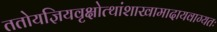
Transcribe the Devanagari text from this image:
ततोयज्ञियवृक्षोत्थांशाखामादायवाग्यतः